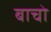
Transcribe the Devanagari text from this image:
बाचो